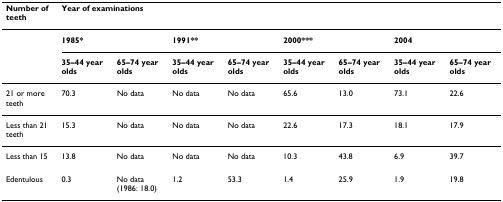
<table><thead><tr><td><b>Number of teeth</b></td><td colspan="8"><b>Year of examinations</b></td></tr></thead><tbody><tr><td></td><td colspan="2"><b>1985*</b></td><td colspan="2"><b>1991**</b></td><td colspan="2"><b>2000***</b></td><td colspan="2"><b>2004</b></td></tr><tr><td></td><td><b>35–44 year olds</b></td><td><b>65–74 year olds</b></td><td><b>35–44 year olds</b></td><td><b>65–74 year olds</b></td><td><b>35–44 year olds</b></td><td><b>65–74 year olds</b></td><td><b>35–44 year olds</b></td><td><b>65–74 year olds</b></td></tr><tr><td>21 or more teeth</td><td>70.3</td><td>No data</td><td>No data</td><td>No data</td><td>65.6</td><td>13.0</td><td>73.1</td><td>22.6</td></tr><tr><td>Less than 21 teeth</td><td>15.3</td><td>No data</td><td>No data</td><td>No data</td><td>22.6</td><td>17.3</td><td>18.1</td><td>17.9</td></tr><tr><td>Less than 15</td><td>13.8</td><td>No data</td><td>No data</td><td>No data</td><td>10.3</td><td>43.8</td><td>6.9</td><td>39.7</td></tr><tr><td>Edentulous</td><td>0.3</td><td>No data(1986: 18.0)</td><td>1.2</td><td>53.3</td><td>1.4</td><td>25.9</td><td>1.9</td><td>19.8</td></tr></tbody></table>